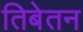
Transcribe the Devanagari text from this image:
तिबेतन